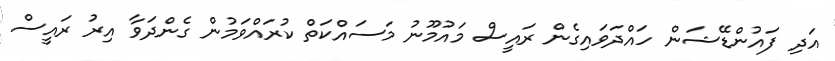
އަދި ފައުންޑޭޝަން ހައްދަވައިގެން ރައީސް މައުމޫނު މަސައްކަތް ކުރައްވަމުން ގެންދަވާ އިރު ރައީސް